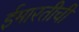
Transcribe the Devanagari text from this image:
ईमारतीची